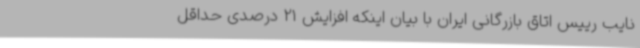
نایب رییس اتاق بازرگانی ایران با بیان اینکه افزایش 21 درصدی حداقل